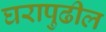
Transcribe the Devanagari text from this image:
घरापुढील